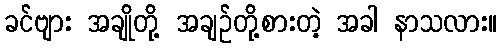
ခင်ဗျား အချိုတို့ အချဉ်တို့စားတဲ့ အခါ နာသလား။